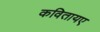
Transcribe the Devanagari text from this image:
कवितायए